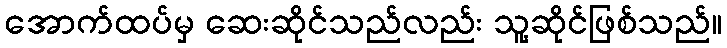
အောက်ထပ်မှ ဆေးဆိုင်သည်လည်း သူ့ဆိုင်ဖြစ်သည်။